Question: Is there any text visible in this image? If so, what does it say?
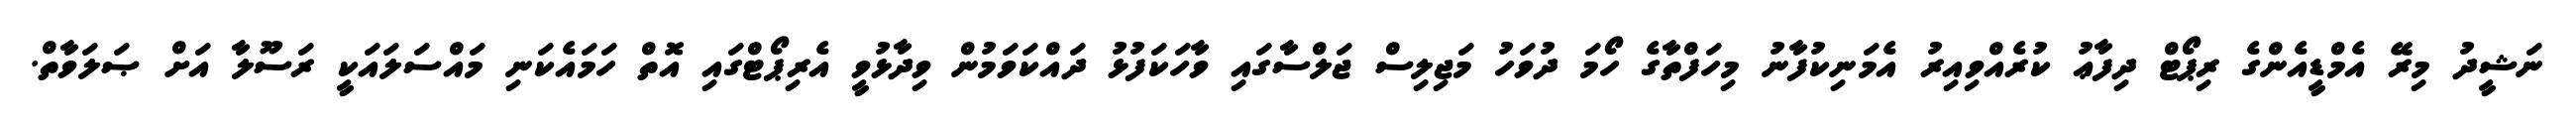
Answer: ނަޝީދު މިރޭ އެމްޑީއެންގެ ރިޕޯޓް ދިފާޢު ކުރެއްވިއިރު އެމަނިކުފާނު މިހަފްތާގެ ހޯމަ ދުވަހު މަޖިލިސް ޖަލްސާގައި ވާހަކަފުޅު ދައްކަވަމުން ވިދާޅުވީ އެރިޕޯޓްގައި އޮތް ހަމައެކަނި މައްސަލައަކީ ރަސޫލާ އަށް ޞަލަވާތް.